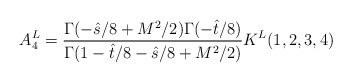
\begin{align*}A_4^{L} = {\Gamma(-\hat s/8+M^2/2)\Gamma(-\hat t/8) \over \Gamma(1-\hat t/8 -\hat s/8 +M^2/2)} K^L(1,2,3,4)\end{align*}